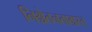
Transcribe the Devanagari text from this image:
निश्चेतनताग्रस्त